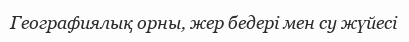
Географиялық орны, жер бедері мен су жүйесі